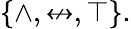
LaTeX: \{ \land,\nleftrightarrow,\top\} .